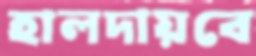
হালদায়বে